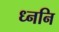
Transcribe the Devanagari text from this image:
ध्ननि